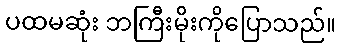
ပထမဆုံး ဘကြီးမိုးကိုပြောသည်။